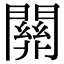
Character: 𨶚